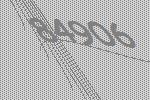
84906